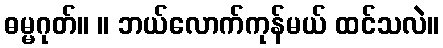
ဓမ္မဂုတ်။ ။ ဘယ်လောက်ကုန်မယ် ထင်သလဲ။